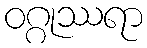
ဝဂ္ဂုဿရာ